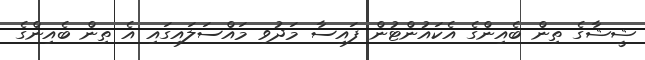
ޝީޝާގެ ތިން ބެއިންގެ އެކައުންޓުން ފައިސާ މަދުވި މައްސަލައިގައި އެ ތިން ބެއިންގެ